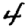
Digit: 4